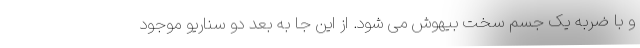
و با ضربه یک جسم سخت بیهوش می شود. از این جا به بعد دو سناریو موجود